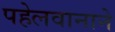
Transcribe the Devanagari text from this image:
पहेलवानाने